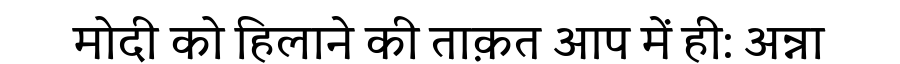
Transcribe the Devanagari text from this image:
मोदी को हिलाने की ताक़त आप में ही: अन्ना